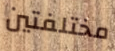
مختلفتين